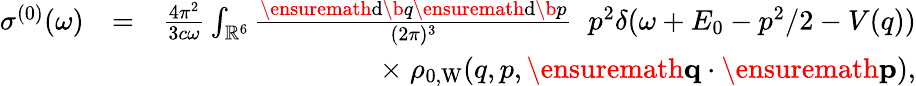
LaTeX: \begin{array}{rlr}{\sigma^{(0)}(\omega)}&{=}&{\frac{4\pi^{2}}{3c\omega}\int_{\mathbb{R}^{6}}\frac{\ensuremath{\mathrm{d}}\b{q}\ensuremath{\mathrm{d}}\b{p}}{(2\pi)^{3}}\; \; p^{2}\delta(\omega+E_{0}-p^{2}/2-V(q))}\\ &{}&{\times\; \rho_{0,\mathrm{W}}(q,p,\ensuremath{\mathbf{q}}\cdot\ensuremath{\mathbf{p}}),}\end{array}